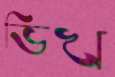
ভিখ